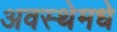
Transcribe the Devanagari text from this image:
अवस्थेमधे